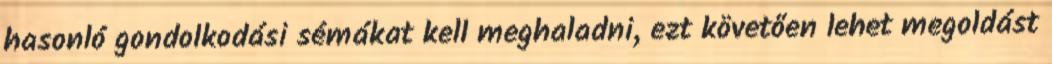
hasonló gondolkodási sémákat kell meghaladni, ezt követően lehet megoldást